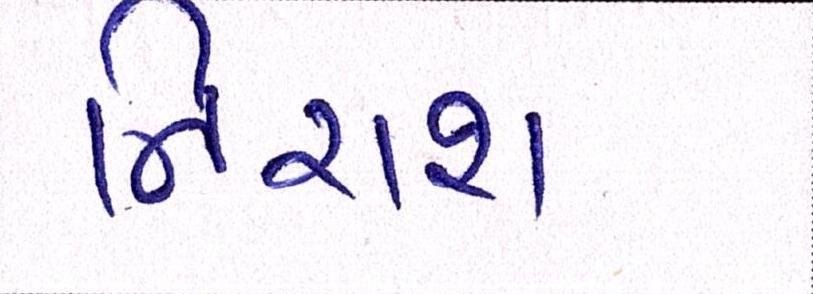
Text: નિરાશ